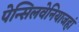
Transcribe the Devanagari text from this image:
पेन्सिलवेनियाजहां